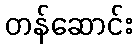
တန်ဆောင်း